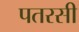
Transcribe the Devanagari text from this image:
पतरसी